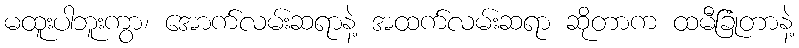
မထူးပါဘူးကွာ၊ အောက်လမ်းဆရာနဲ့ အထက်လမ်းဆရာ ဆိုတာက ထမီခြုံတာနဲ့